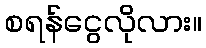
စရန်ငွေလိုလား။